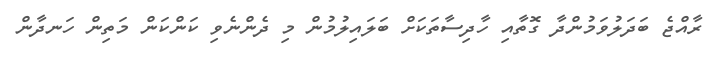
ރާއްޖެ ބަދަލުވަމުންދާ ގޮތާއި ހާދިސާތަކަށް ބަލައިލުމުން މި ދެންނެވި ކަންކަން މަތިން ހަނދާން